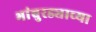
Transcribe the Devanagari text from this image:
भांबुरड्याच्‍या